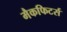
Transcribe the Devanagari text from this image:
मैकफिटर्स